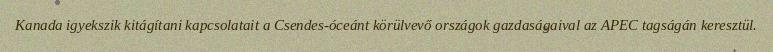
Kanada igyekszik kitágítani kapcsolatait a Csendes-óceánt körülvevő országok gazdaságaival az APEC tagságán keresztül.